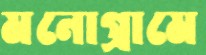
মনোগ্রামে